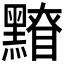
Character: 𪒂